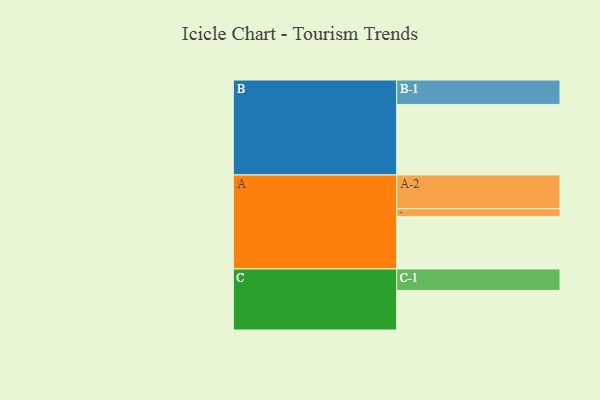
{"axis": {"x": "Segment", "y": "Value"}, "legend": ["", "A", "B", "C"], "data": [{"x": "A", "y": 426, "type": ""}, {"x": "B", "y": 572, "type": ""}, {"x": "C", "y": 321, "type": ""}, {"x": "A-1", "y": 62, "type": "A"}, {"x": "A-2", "y": 274, "type": "A"}, {"x": "B-1", "y": 198, "type": "B"}, {"x": "C-1", "y": 174, "type": "C"}]}